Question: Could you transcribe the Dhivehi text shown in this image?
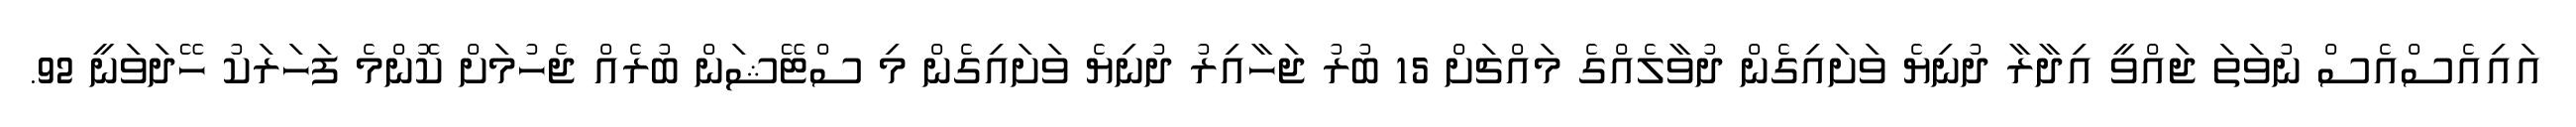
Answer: އައިއެސްއެސް ނުވަތަ ޖައްވީ އިދާރާ ދުނިޔެ ވަށައިގެން ދުވާލެއްގެ މައްޗަށް 15 ބުރު ޖަހާއިރު ދުނިޔެ ވަށައިގެން މި ސްޓޭޝަން ބުރެއް ޖެހުމަށް ކޮންމެ ފަހަރަކު ހޭދަވަނީ 92.